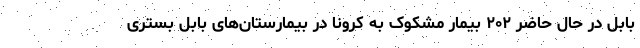
بابل در حال حاضر ۲۰۲ بیمار مشکوک به كرونا در بیمارستان‌های بابل بسترى